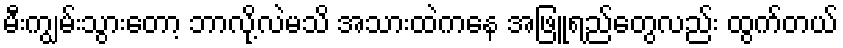
မီးကျွမ်းသွားတော့ ဘာလို့လဲမသိ အသားထဲကနေ အဖြူရည်တွေလည်း ထွက်တယ်